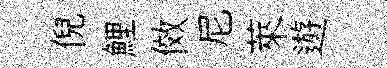
倪鯉傚尼萊遊